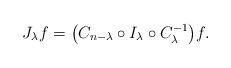
LaTeX: \begin{gather*}J_\lambda f = \big(C_{n-\lambda}\circ I_\lambda\circ C_\lambda^{-1}\big) f .\end{gather*}